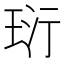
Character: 𤤾